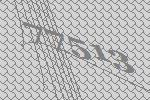
77513